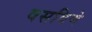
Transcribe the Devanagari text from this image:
वसविणे